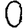
Digit: 0